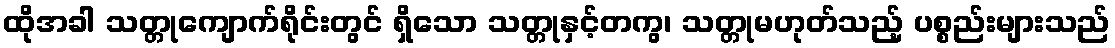
ထိုအခါ သတ္တုကျောက်ရိုင်းတွင် ရှိသော သတ္တုနှင့်တကွ၊ သတ္တုမဟုတ်သည့် ပစ္စည်းများသည်